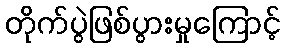
တိုက်ပွဲဖြစ်ပွားမှုကြောင့်